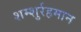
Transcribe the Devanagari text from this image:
शम्शुर्रहमान